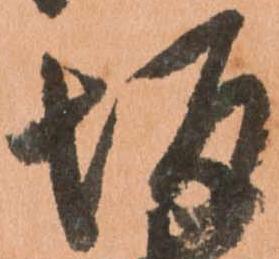
坂